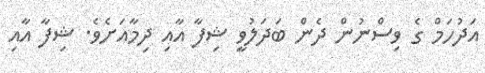
އަދުހަމް ގެ ވިސްނުން ދެން ބަދަލުވީ ޝިފާ އާއި ދިމާއަށެވެ. ޝިފާ އާއި